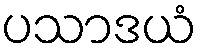
ပသာဒယံ